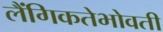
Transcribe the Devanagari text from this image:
लैंगिकतेभोवती